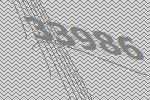
33986